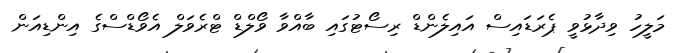
މަލީހު ވިދާޅުވީ ޕެރަޑައިސް އައިލެންޑް ރިސޯޓުގައި ބާއްވާ ވޯލްޑް ޓްރެވަލް އެވޯޑްސްގެ އިންޑިއަން